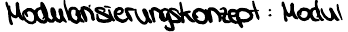
Modularisierungskonzept: Modul